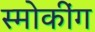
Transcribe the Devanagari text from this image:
स्मोकींग